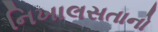
નિખાલસતાનો